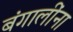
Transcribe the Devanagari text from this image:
बंगालींना